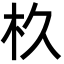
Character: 杦